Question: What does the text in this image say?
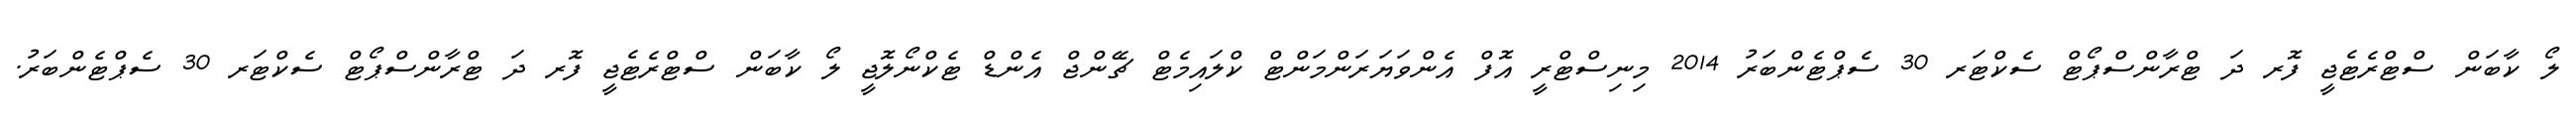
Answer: ލޯ ކާބަން ސްޓްރެޓެޖީ ފޮރ ދަ ޓްރާންސްޕޯޓް ސެކްޓަރ 30 ސެޕްޓެންބަރު 2014 މިނިސްޓްރީ އޮފް އެންވަޔަރަންމަންޓް ކްލައިމެޓް ޗޭންޖް އެންޑް ޓެކްނޯލޮޖީ ލޯ ކާބަން ސްޓްރެޓެޖީ ފޮރ ދަ ޓްރާންސްޕޯޓް ސެކްޓަރ 30 ސެޕްޓެންބަރު.